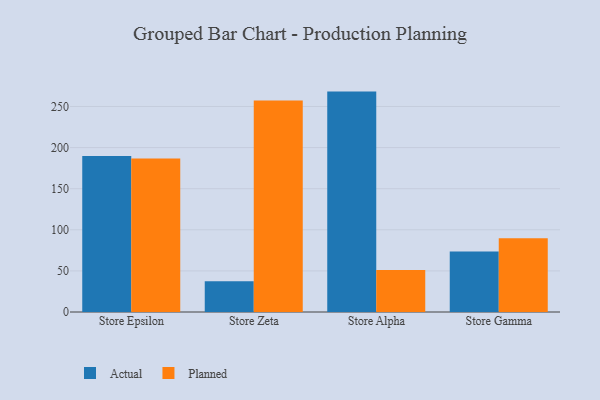
{"axis": {"x": "Store", "y": "Inventory Turnover"}, "legend": ["Actual", "Planned"], "data": [{"x": "Store Epsilon", "y": 189.8, "type": "Actual"}, {"x": "Store Epsilon", "y": 186.8, "type": "Planned"}, {"x": "Store Zeta", "y": 37.5, "type": "Actual"}, {"x": "Store Zeta", "y": 257.4, "type": "Planned"}, {"x": "Store Alpha", "y": 268.1, "type": "Actual"}, {"x": "Store Alpha", "y": 51.1, "type": "Planned"}, {"x": "Store Gamma", "y": 73.5, "type": "Actual"}, {"x": "Store Gamma", "y": 89.8, "type": "Planned"}]}